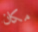
مكان